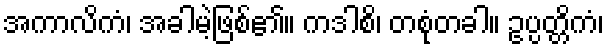
အကာလိကံ၊ အခါမဲ့ဖြစ်၏။ ကဒါစိ၊ တစုံတခါ။ ဥပ္ပတ္တိကံ၊